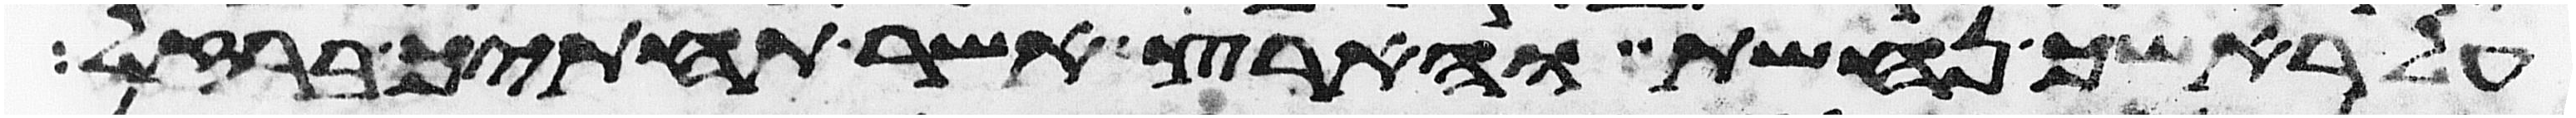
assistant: על ראשך נחשת והארץ אשר תחתיך ברזל